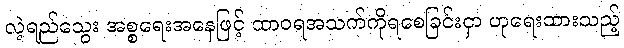
လဲ့ရည်သွေး အစ္စရေးအနေဖြင့် ထာဝရအသက်ကိုရစေခြင်းငှာ ဟုရေးထားသည့်